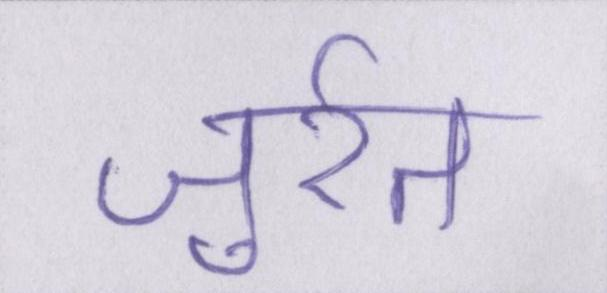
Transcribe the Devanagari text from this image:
जुर्रत